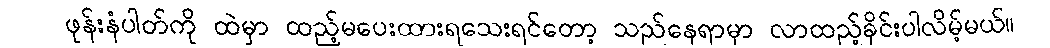
ဖုန်းနံပါတ်ကို ထဲမှာ ထည့်မပေးထားရသေးရင်တော့ သည်နေရာမှာ လာထည့်ခိုင်းပါလိမ့်မယ်။